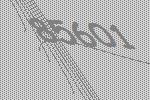
85601